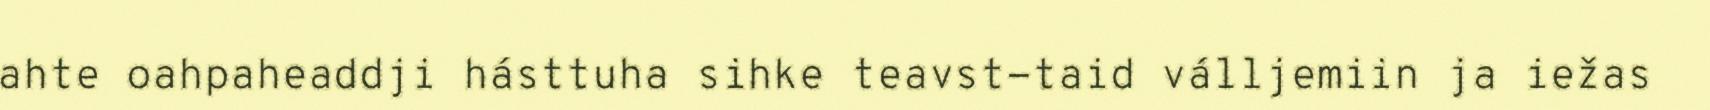
ahte oahpaheaddji hásttuha sihke teavst-taid válljemiin ja iežas